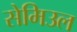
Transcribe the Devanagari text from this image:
सेमिउल